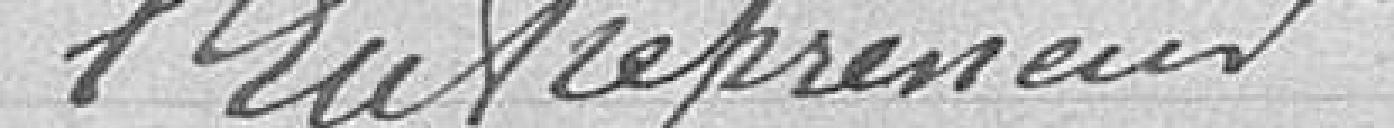
l'entrepreneur.